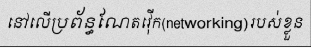
នៅលើប្រព័ន្ធណែតវ៉ើក(networking)របស់ខ្លួន